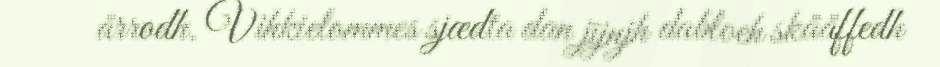
årrodh. Vihkielommes sjædta dan jïjnjh dabloeh skååffedh